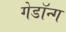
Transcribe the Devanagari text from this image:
गेडॉन्ग